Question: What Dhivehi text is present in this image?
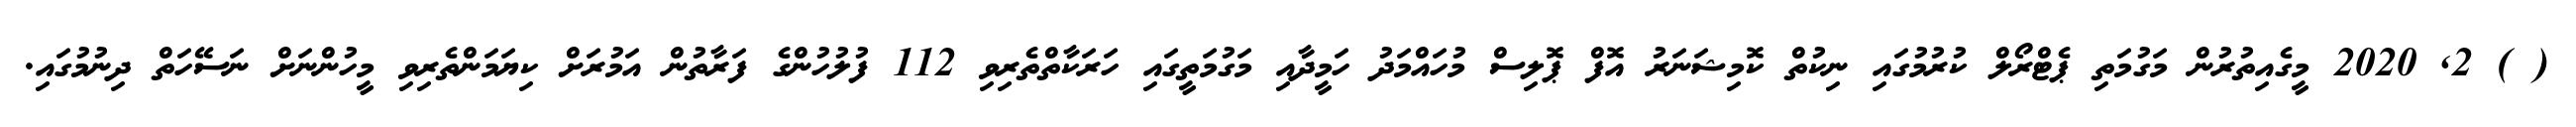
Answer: ( ) 2, 2020 މީގެއިތުރުން މަގުމަތި ޕެޓްރޯލް ކުރުމުގައި ނިކުތް ކޮމިޝަނަރު އޮފް ޕޮލިސް މުހައްމަދު ހަމީދާއި މަގުމަތީގައި ހަރަކާތްތެރިވި 112 ފުލުހުންގެ ފަރާތުން އަމުރަށް ކިޔަމަންތެރިވި މީހުންނަށް ނަސޭހަތް ދިނުމުގައި.